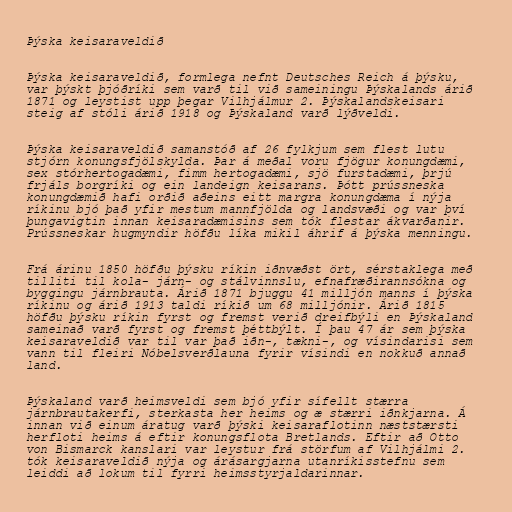
Þýska keisaraveldið

Þýska keisaraveldið, formlega nefnt Deutsches Reich á þýsku,
var þýskt þjóðríki sem varð til við sameiningu Þýskalands árið
1871 og leystist upp þegar Vilhjálmur 2. Þýskalandskeisari
steig af stóli árið 1918 og Þýskaland varð lýðveldi.

Þýska keisaraveldið samanstóð af 26 fylkjum sem flest lutu
stjórn konungsfjölskylda. Þar á meðal voru fjögur konungdæmi,
sex stórhertogadæmi, fimm hertogadæmi, sjö furstadæmi, þrjú
frjáls borgríki og ein landeign keisarans. Þótt prússneska
konungdæmið hafi orðið aðeins eitt margra konungdæma í nýja
ríkinu bjó það yfir mestum mannfjölda og landsvæði og var því
þungavigtin innan keisaradæmisins sem tók flestar ákvarðanir.
Prússneskar hugmyndir höfðu líka mikil áhrif á þýska menningu.

Frá árinu 1850 höfðu þýsku ríkin iðnvæðst ört, sérstaklega með
tilliti til kola- járn- og stálvinnslu, efnafræðirannsókna og
byggingu járnbrauta. Árið 1871 bjuggu 41 milljón manns í þýska
ríkinu og árið 1913 taldi ríkið um 68 milljónir. Árið 1815
höfðu þýsku ríkin fyrst og fremst verið dreifbýli en Þýskaland
sameinað varð fyrst og fremst þéttbýlt. Í þau 47 ár sem þýska
keisaraveldið var til var það iðn-, tækni-, og vísindarisi sem
vann til fleiri Nóbelsverðlauna fyrir vísindi en nokkuð annað
land.

Þýskaland varð heimsveldi sem bjó yfir sífellt stærra
járnbrautakerfi, sterkasta her heims og æ stærri iðnkjarna. Á
innan við einum áratug varð þýski keisaraflotinn næststærsti
herfloti heims á eftir konungsflota Bretlands. Eftir að Otto
von Bismarck kanslari var leystur frá störfum af Vilhjálmi 2.
tók keisaraveldið nýja og árásargjarna utanríkisstefnu sem
leiddi að lokum til fyrri heimsstyrjaldarinnar.